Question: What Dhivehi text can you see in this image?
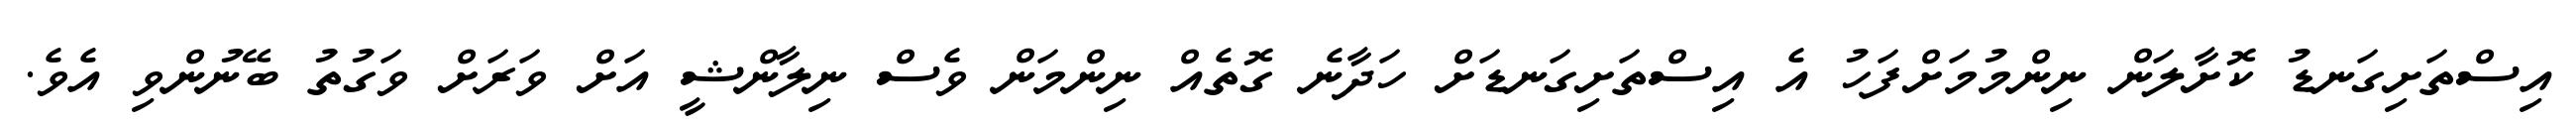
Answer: އިސްތަށިގަނޑު ކޮށާލަން ނިންމުމަށްފަހު އެ އިސްތަށިގަނޑަށް ހަދާނެ ގޮތެއް ނިންމަން ވެސް ނިލާންޝީ އަށް ވަރަށް ވަގުތު ބޭނުންވި އެވެ.